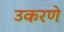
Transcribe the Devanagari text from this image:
उकरणे